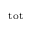
\mathrm { _ { t o t } }